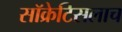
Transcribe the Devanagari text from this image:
सॉक्रेटिसलाच